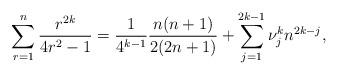
LaTeX: \begin{align*}\sum_{r=1}^{n} \frac{r^{2k}}{4r^2 - 1} = \frac{1}{4^{k-1}}\frac{n(n+1)}{2(2n+1)} + \sum_{j=1}^{2k-1} \nu_j^{k} n^{2k-j} ,\end{align*}